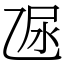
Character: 𠃮